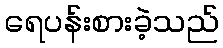
ရေပန်းစားခဲ့သည်